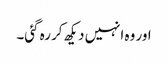
اور وہ انہیں دیکھ کر رہ گئی۔